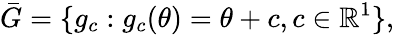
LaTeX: {\bar{G}}=\{ g_{c}:g_{c}(\theta)=\theta+c,c\in\mathbb{R}^{1}\} ,